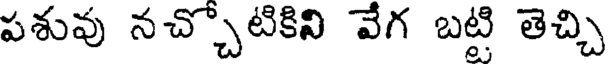
పశువు నచ్చొటికిని వేగ బట్టి తెచ్చి